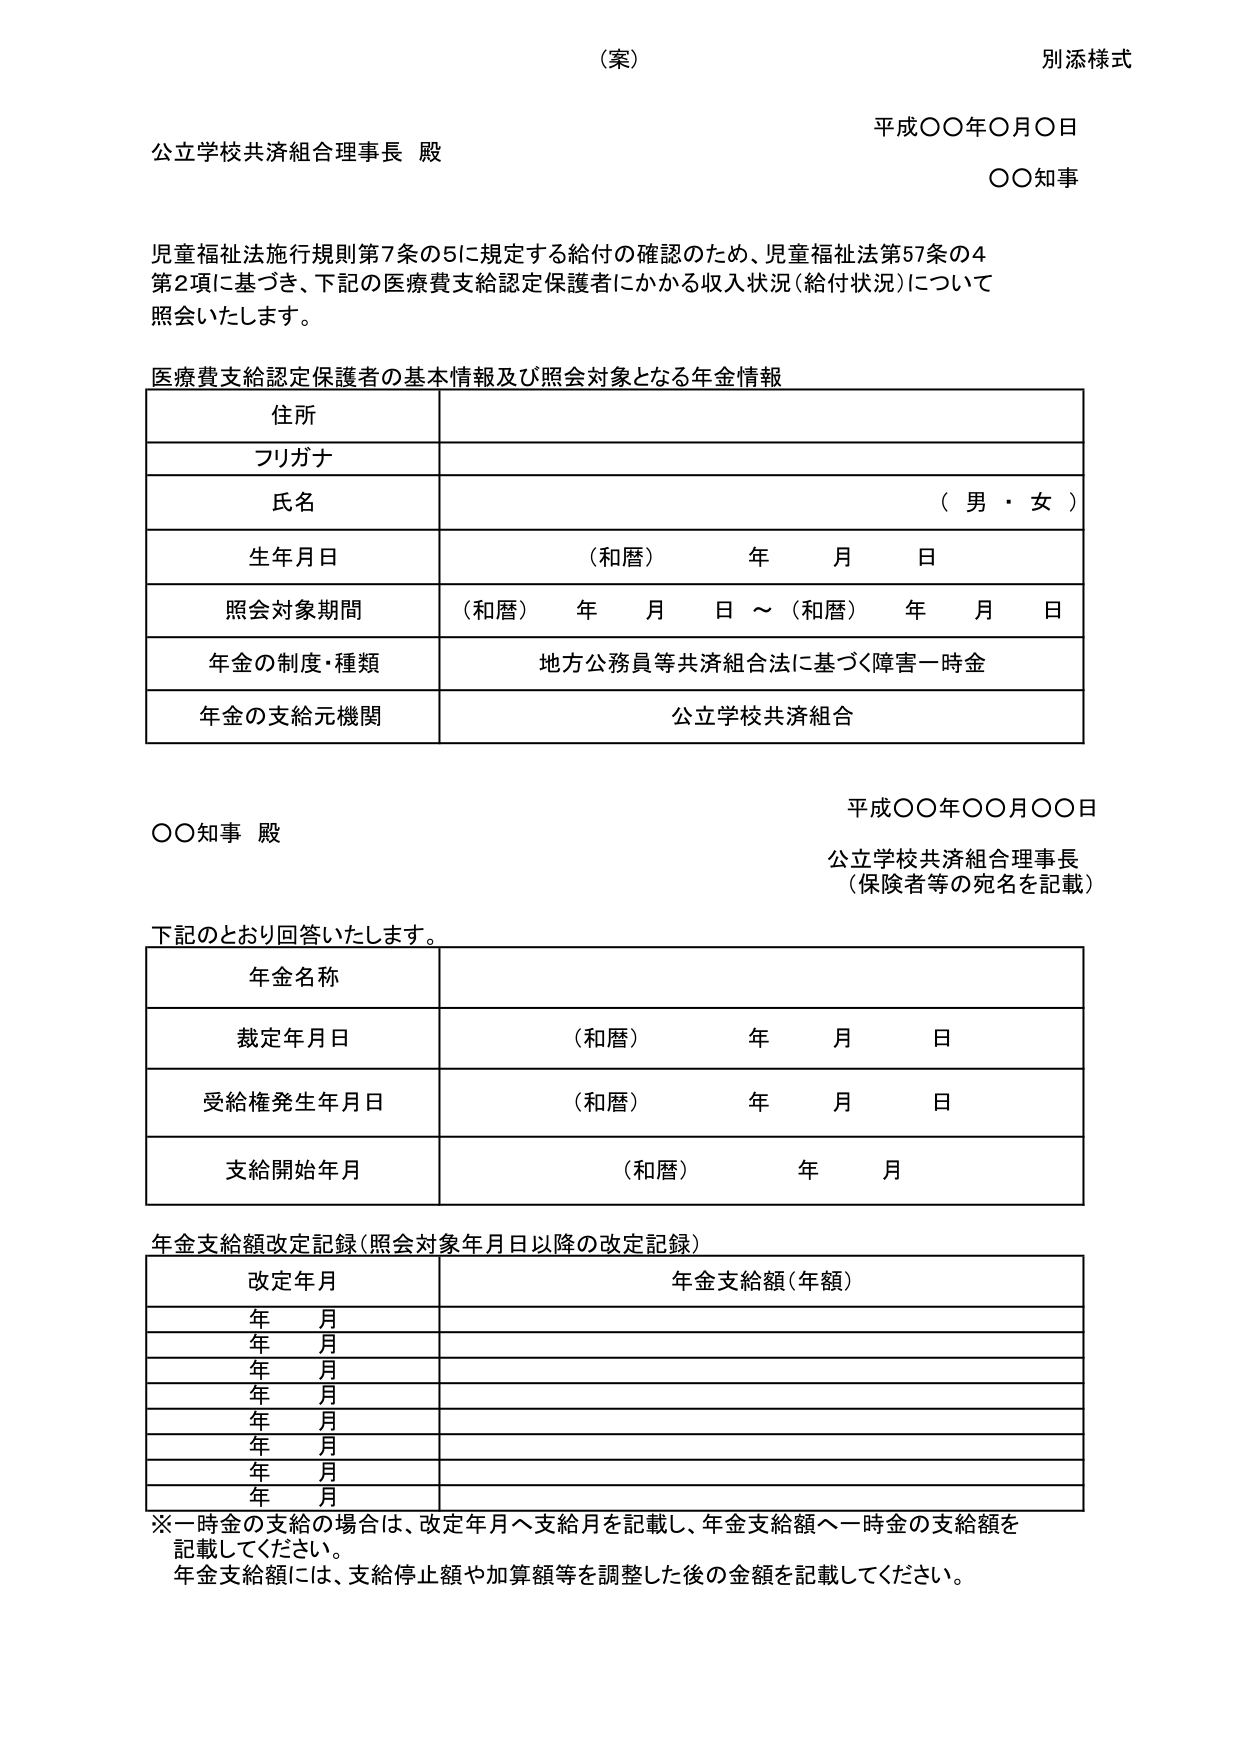
（案）
別添様式

平成〇〇年〇月〇日
公立学校共済組合理事長 殿
〇〇知事

児童福祉法施行規則第7条の5に規定する給付の確認のため、児童福祉法第57条の4
第2項に基づき、下記の医療費支給認定保護者にかかる収入状況（給付状況）について
照会いたします。

医療費支給認定保護者の基本情報及び照会対象となる年金情報

住所
フリガナ
氏名 （男・女）
生年月日 （和暦） 年 月 日
照会対象期間 （和暦） 年 月 日 ～ （和暦） 年 月 日
年金の制度・種類 地方公務員等共済組合法に基づく障害一時金
年金の支給元機関 公立学校共済組合

平成〇〇年〇〇月〇〇日
〇〇知事 殿
公立学校共済組合理事長
（保険者等の宛名を記載）

下記のとおり回答いたします。

年金名称
裁定年月日 （和暦） 年 月 日
受給権発生年月日 （和暦） 年 月 日
支給開始年月 （和暦） 年 月

年金支給額改定記録（照会対象年月日以降の改定記録）

改定年月 年金支給額（年額）
年 月
年 月
年 月
年 月
年 月
年 月
年 月
年 月

※一時金の支給の場合は、改定年月へ支給月を記載し、年金支給額へ一時金の支給額を
記載してください。
年金支給額には、支給停止額や加算額等を調整した後の金額を記載してください。